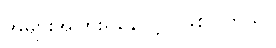
အများအပြားရှိနေလို့ပဲ ဖြစ်ပါတယ်။